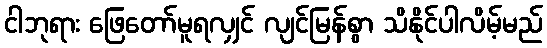
ငါဘုရား ဖြေတော်မူရလျှင် လျင်မြန်စွာ သိနိုင်ပါလိမ့်မည်